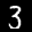
Label: 3